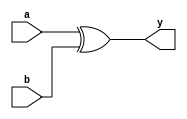
module xor_gate(y,a,b);
  output y;
  input a,b;
  
  xor(y,a,b);
endmodule


//tst bnch

module t_xor_gate();
  wire y;
  reg a,b;
    xor_gate a1(y,a,b);
  
  initial
  begin
    a=1'b0;
    b=1'b0;
    #25;
    a=1'b0;
    b=1'b1;
    #25;
    a=1'b1;
    b=1'b0;
    #25;
    a=1'b1;
    b=1'b1;
    #25;
  end
endmodule